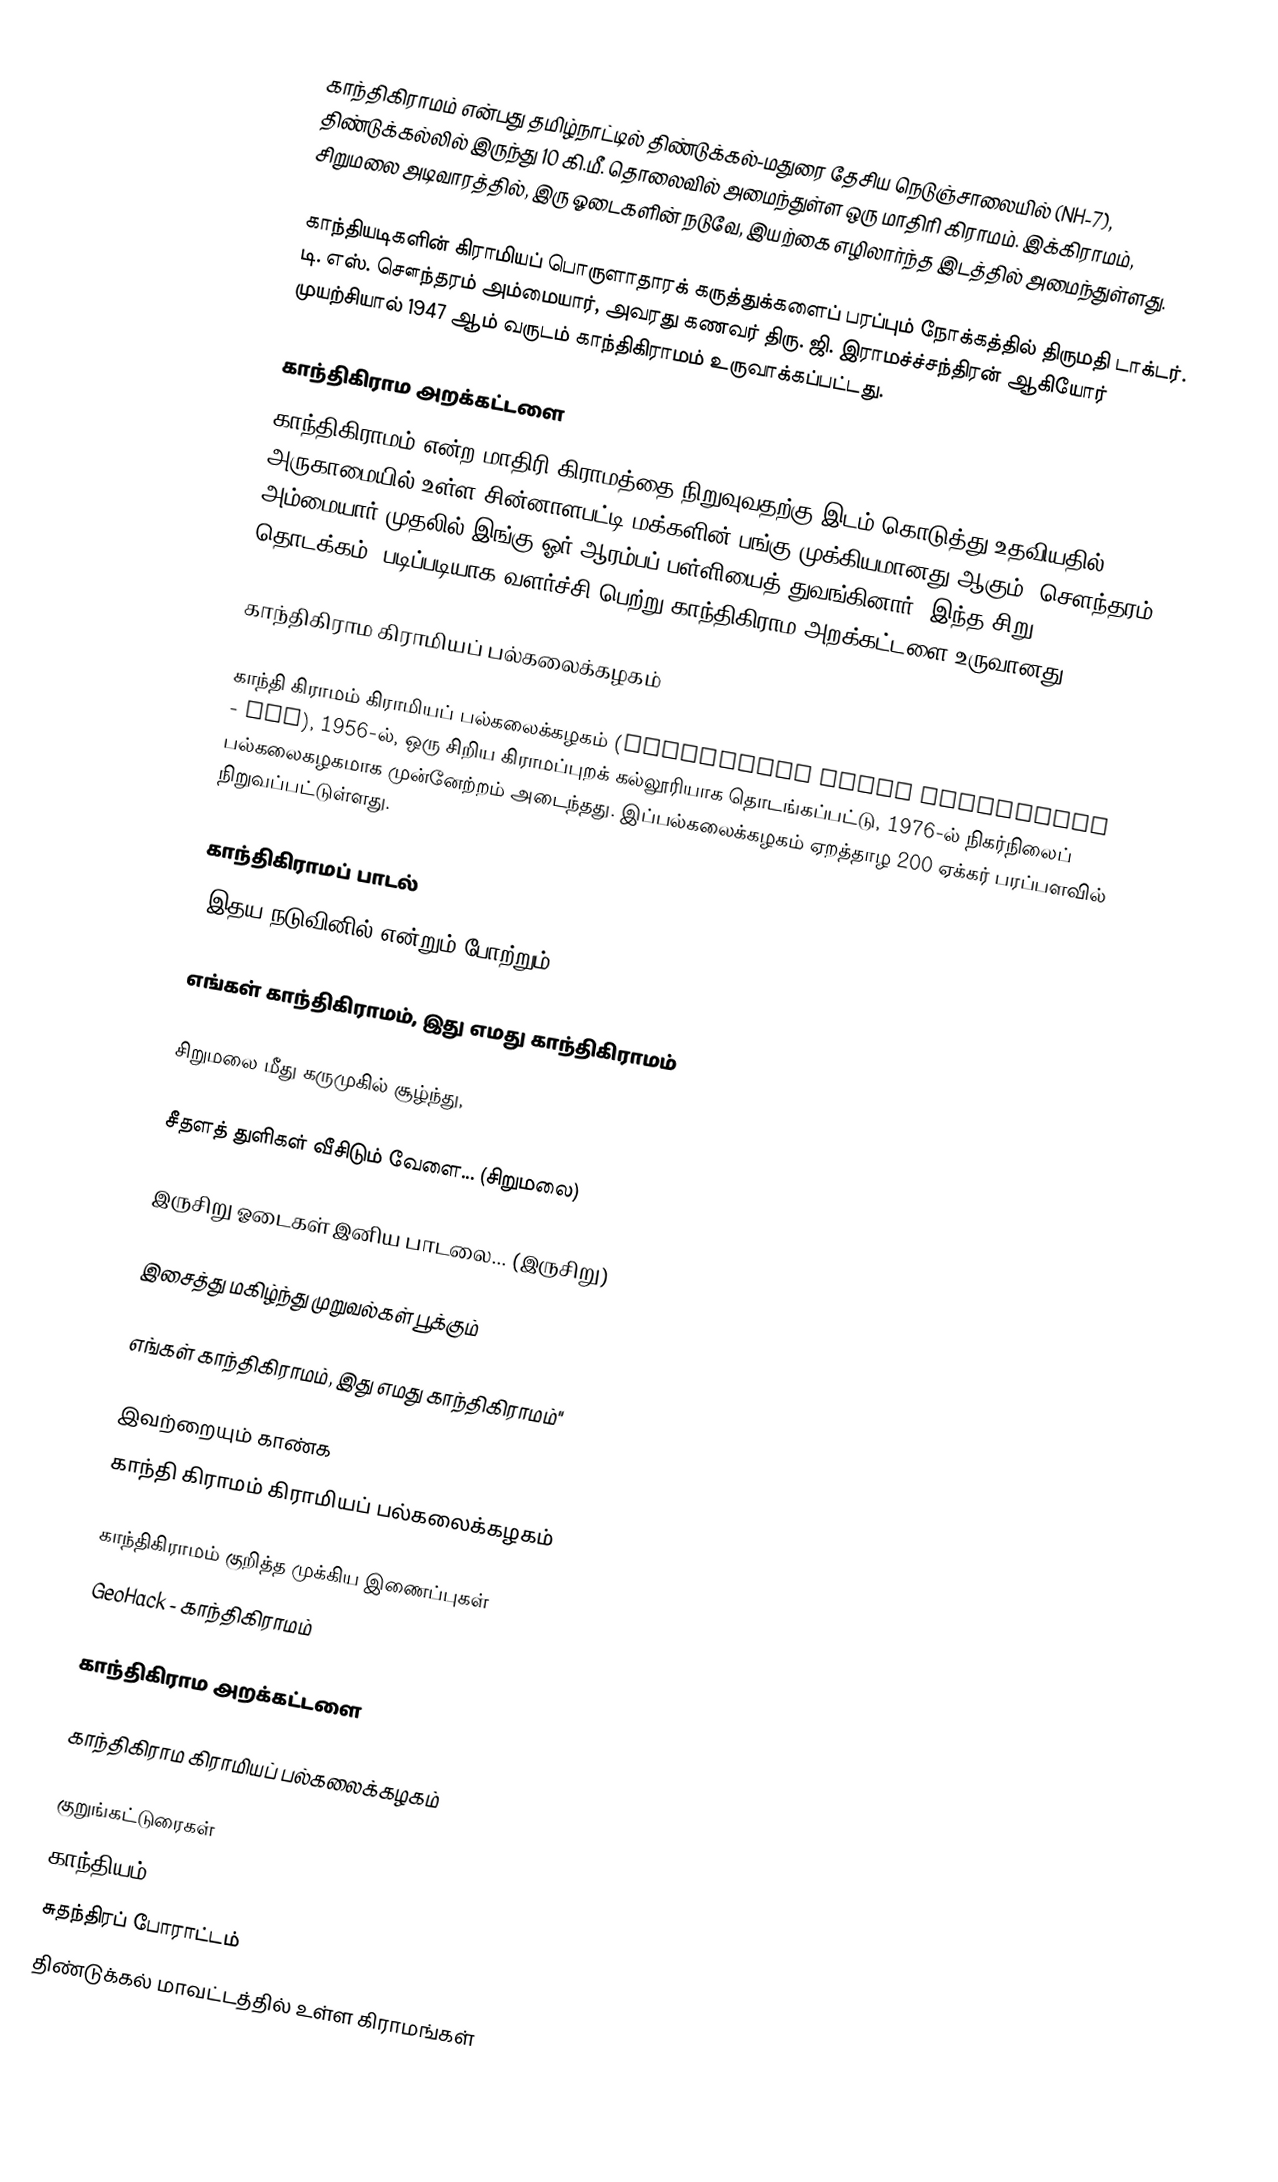
காந்திகிராமம் என்பது தமிழ்நாட்டில் திண்டுக்கல்-மதுரை தேசிய நெடுஞ்சாலையில் (NH-7), திண்டுக்கல்லில் இருந்து 10 கி.மீ. தொலைவில் அமைந்துள்ள ஒரு மாதிரி கிராமம். இக்கிராமம், சிறுமலை அடிவாரத்தில், இரு ஓடைகளின் நடுவே, இயற்கை எழிலார்ந்த இடத்தில் அமைந்துள்ளது.

காந்தியடிகளின் கிராமியப் பொருளாதாரக் கருத்துக்களைப் பரப்பும் நோக்கத்தில் திருமதி டாக்டர். டி. எஸ். சௌந்தரம் அம்மையார், அவரது கணவர் திரு. ஜி. இராமச்ச்சந்திரன் ஆகியோர் முயற்சியால் 1947 ஆம் வருடம் காந்திகிராமம் உருவாக்கப்பட்டது.

காந்திகிராம அறக்கட்டளை
காந்திகிராமம் என்ற மாதிரி கிராமத்தை நிறுவுவதற்கு இடம் கொடுத்து உதவியதில், அருகாமையில் உள்ள சின்னாளபட்டி மக்களின் பங்கு முக்கியமானது ஆகும். சௌந்தரம் அம்மையார் முதலில் இங்கு ஓர் ஆரம்பப் பள்ளியைத் துவங்கினார். இந்த சிறு தொடக்கம், படிப்படியாக வளர்ச்சி பெற்று காந்திகிராம அறக்கட்டளை உருவானது.

காந்திகிராம கிராமியப் பல்கலைக்கழகம்

காந்தி கிராமம் கிராமியப் பல்கலைக்கழகம் (Gandhigram Rural University - GRI), 1956-ல், ஒரு சிறிய கிராமப்புறக் கல்லூரியாக தொடங்கப்பட்டு, 1976-ல் நிகர்நிலைப் பல்கலைகழகமாக முன்னேற்றம் அடைந்தது. இப்பல்கலைக்கழகம் ஏறத்தாழ 200 ஏக்கர் பரப்பளவில் நிறுவப்பட்டுள்ளது.

காந்திகிராமப் பாடல்
"இதய நடுவினில் என்றும் போற்றும்,

எங்கள் காந்திகிராமம், இது எமது காந்திகிராமம்

சிறுமலை மீது கருமுகில் சூழ்ந்து,

சீதளத் துளிகள் வீசிடும் வேளை... (சிறுமலை)

இருசிறு ஓடைகள் இனிய பாடலை... (இருசிறு)

இசைத்து மகிழ்ந்து முறுவல்கள் பூக்கும்

எங்கள் காந்திகிராமம், இது எமது காந்திகிராமம்"

இவற்றையும் காண்க
 காந்தி கிராமம் கிராமியப் பல்கலைக்கழகம்

காந்திகிராமம் குறித்த முக்கிய இணைப்புகள்
 GeoHack - காந்திகிராமம்

 காந்திகிராம அறக்கட்டளை

 காந்திகிராம கிராமியப் பல்கலைக்கழகம்

குறுங்கட்டுரைகள்
காந்தியம்
சுதந்திரப் போராட்டம்
திண்டுக்கல் மாவட்டத்தில் உள்ள கிராமங்கள்